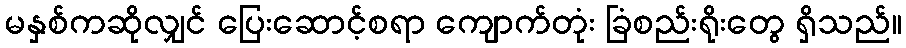
မနှစ်ကဆိုလျှင် ပြေးဆောင့်စရာ ကျောက်တုံး ခြံစည်းရိုးတွေ ရှိသည်။